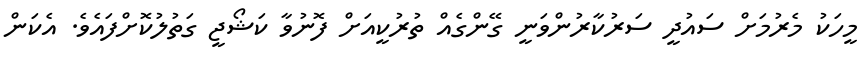
މީހަކު މެރުމަށް ސައުދީ ސަރުކާރުންވަނީ ގޭންގެއް ތުރުކީއަށް ފޮނުވާ ކަޝޯޖީ ގަތުލުކޮށްފައެވެ. އެކަން